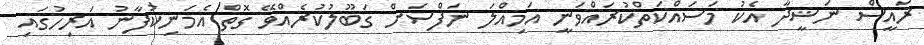
ރައީސް ނަޝީދާ އެކު މަސައްކަތްކުރައްވަނީ އަމިއްލަ ނަފްސަށް ގަބޫލުކުރެއްވޭ ގޮތް އެމަނިކުފާނު އަރިހުގައި